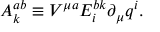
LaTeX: A _ { k } ^ { a b } \equiv V ^ { \mu a } E _ { i } ^ { b k } \partial _ { \mu } q ^ { i } .